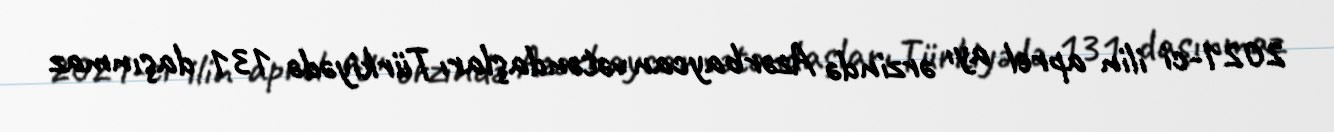
2021-ci ilin aprel ayı ərzində Azərbaycan vətəndaşları Türkiyədə 131 daşınmaz